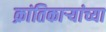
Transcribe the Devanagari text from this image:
क्रांतिकार्‍यांच्या